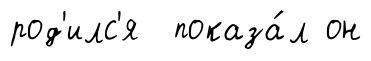
род'илс'я показа́л он